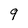
Character: 9